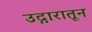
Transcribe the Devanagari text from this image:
उद्गारातून